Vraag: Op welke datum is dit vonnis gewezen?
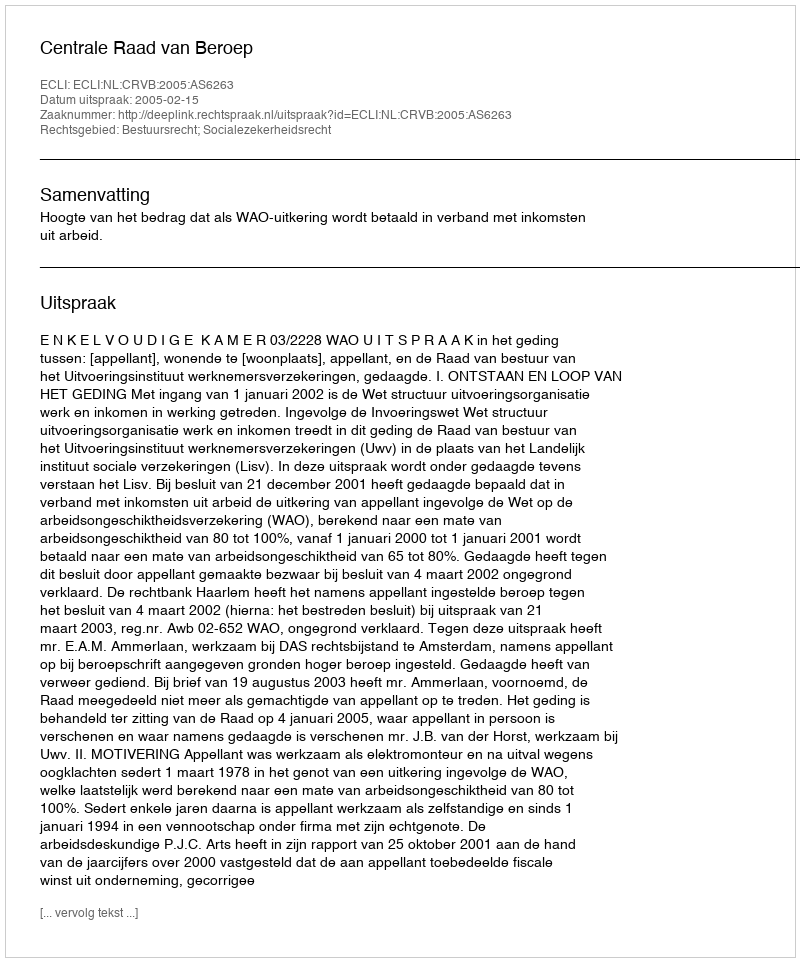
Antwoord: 2005-02-15